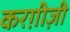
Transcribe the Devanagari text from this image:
करग़ीज़ी